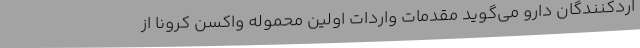
اردکنندگان دارو می‌گوید مقدمات واردات اولین محموله واکسن کرونا از